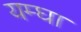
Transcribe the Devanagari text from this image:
यम्घा